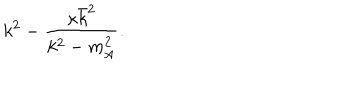
LaTeX: k ^ { 2 } - \frac { \kappa \bar { k } ^ { 2 } } { k ^ { 2 } - m _ { \mathrm { A } } ^ { 2 } } .